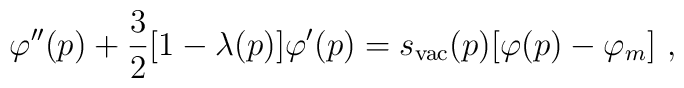
\varphi'' (p) + {3\over 2} [ 1 - \lambda (p)] \varphi '(p) = s_{\rm vac} (p) [\varphi (p) - \varphi_m]\ ,